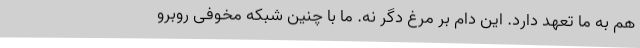
هم به ما تعهد دارد. این دام بر مرغ دگر نه. ما با چنین شبکه مخوفی روبرو